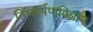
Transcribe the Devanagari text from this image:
निष्कर्षणविज्ञान